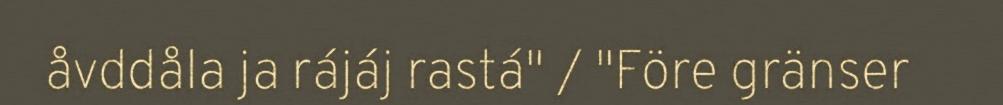
åvddåla ja rájáj rastá" / "Före gränser